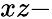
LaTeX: xz-